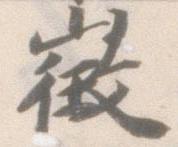
徴